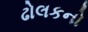
ઢોલકનો